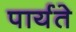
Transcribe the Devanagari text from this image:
पार्यते